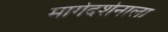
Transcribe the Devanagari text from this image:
मार्गदर्शनाला